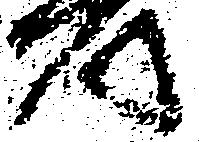
つ